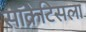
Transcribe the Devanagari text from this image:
सॉक्रेटिसला